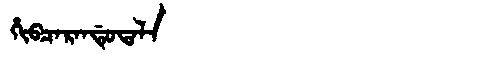
Manchu: ᡥᡳᠪᠴᠠᡵᠠᠨᡩᡠᡨᠠᠯᠠ
Romanization: HIBCARANDUTALA